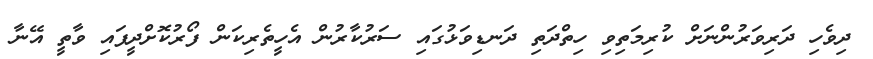
ދިވެހި ދަރިވަރުންނަށް ކުރިމަތިވި ހިތްދަތި ދަނޑިވަޅުގައި ސަރުކާރުން އެހީތެރިކަން ފޯރުކޮށްދީފައި ވާތީ އޭނާ